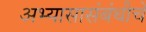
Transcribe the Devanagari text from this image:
अभ्यासासंबंधीचे